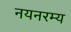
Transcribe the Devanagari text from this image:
नयनरम्‍य